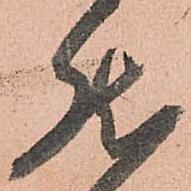
然